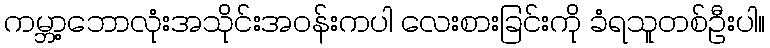
ကမ္ဘာ့ဘောလုံးအသိုင်းအဝန်းကပါ လေးစားခြင်းကို ခံရသူတစ်ဦးပါ။